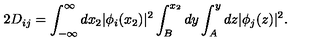
2 D _ { i j } = \int _ { - \infty } ^ { \infty } d x _ { 2 } | \phi _ { i } ( x _ { 2 } ) | ^ { 2 } \int _ { B } ^ { x _ { 2 } } d y \int _ { A } ^ { y } d z | \phi _ { j } ( z ) | ^ { 2 } .